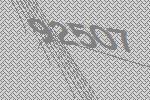
92507